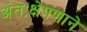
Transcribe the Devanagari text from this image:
अंतःक्षेपणाने